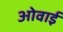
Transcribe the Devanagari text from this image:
ओवाई